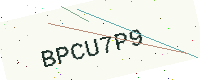
Text: BPCU7P9